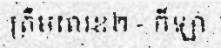
ត្រឹមលេខ២ - កីឡា